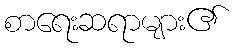
စာရေးဆရာများ၏